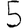
Digit: 5